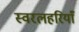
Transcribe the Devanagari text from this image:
स्वरलहरियाँ